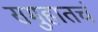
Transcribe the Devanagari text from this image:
समुहातचं